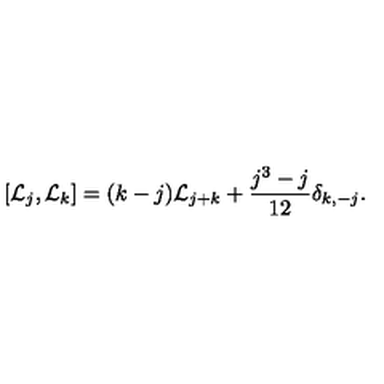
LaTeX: \left[ { \cal L } _ { j } , { \cal L } _ { k } \right] = ( k - j ) { \cal L } _ { j + k } + { \frac { j ^ { 3 } - j } { 1 2 } } \delta _ { k , - j } .